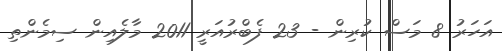
އަހަރު 8 މަސް ކުރިން - 23 ފެބްރުއަރީ 2011 މާލެއިން ސިމެންތި